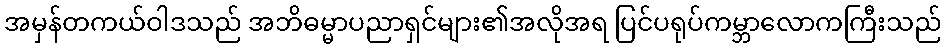
အမှန်တကယ်ဝါဒသည် အဘိဓမ္မာပညာရှင်များ၏အလိုအရ ပြင်ပရုပ်ကမ္ဘာလောကကြီးသည်